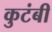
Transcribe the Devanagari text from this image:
कुटंबी